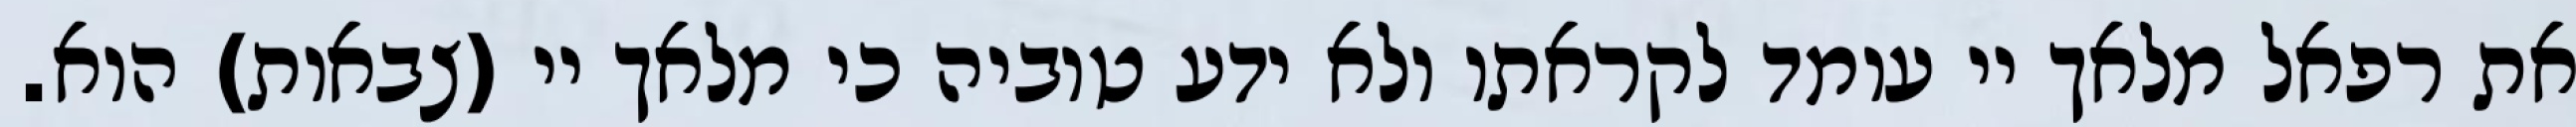
את רפאל מלאך יי עומד לקראתו ולא ידע טוביה כי מלאך יי (צבאות) הוא.